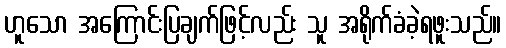
ဟူသော အကြောင်းပြချက်ဖြင့်လည်း သူ အရိုက်ခံခဲ့ရဖူးသည်။